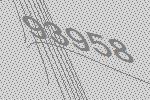
93958